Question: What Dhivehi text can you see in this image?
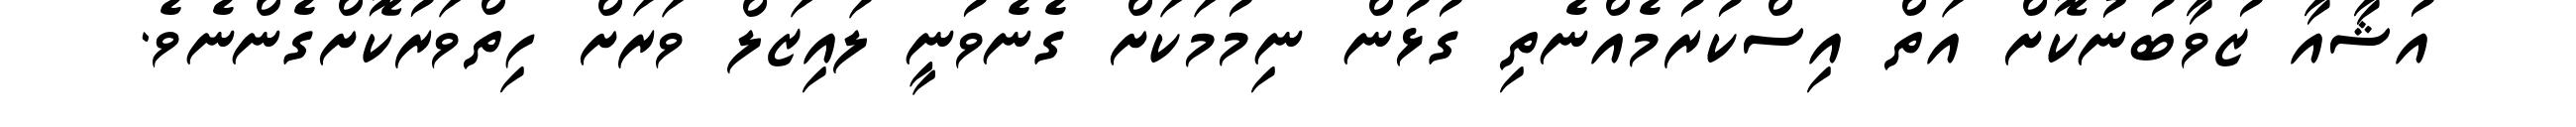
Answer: އުޝާއާ ޒުވާބުނުކޮށް އަތް އިސްކުރުމެއްނެތި ގުޅުން ނިމުމަކަށް ގެނެވުނީ ލައިޒަލް ވަރަށް ހިތްވަރުކޮށްގެންނެވެ.